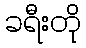
ခရီးတို